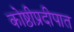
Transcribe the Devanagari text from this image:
कोष्ठीप्रदीपात